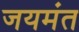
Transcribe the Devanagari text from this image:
जयमंत